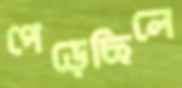
পেড়েছিলে